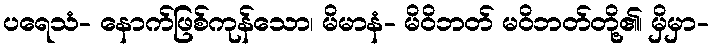
ပရေသံ- နောက်ဖြစ်ကုန်သော၊ မိမာနံ- မိဝိဘတ် မဝိဘတ်တို့၏၊ မှိမှာ-